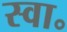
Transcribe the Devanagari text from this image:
स्वा॰